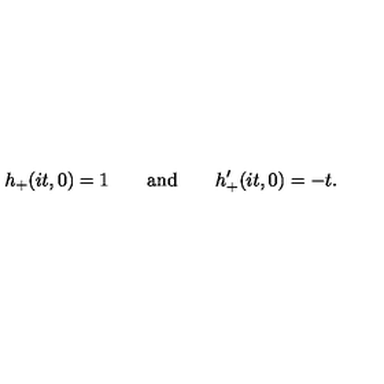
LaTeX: h _ { + } ( i t , 0 ) = 1 \qquad \mathrm { a n d } \qquad h _ { + } ^ { \prime } ( i t , 0 ) = - t .